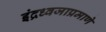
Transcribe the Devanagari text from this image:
इंद्रध्वजाप्रमाणे